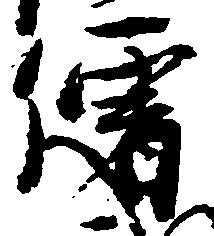
僧